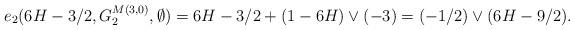
LaTeX: \begin{align*} e_2(6H-3/2,G^{M(3,0)}_{2},\emptyset)&= 6H-3/2 + (1-6H)\vee(-3) =(-1/2)\vee(6H-9/2). \end{align*}